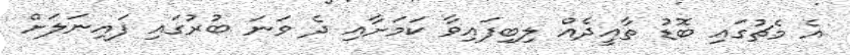
އެ މެޗުގައި ބޮޑު ތާއީދެއް ލިބިފައިވާ ކަމަށާއި ދެ ވަނަ ބުރުގައި ފައިނަލަށް